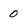
Character: 0